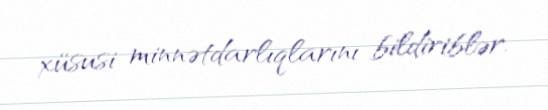
xüsusi minnətdarlıqlarını bildiriblər.